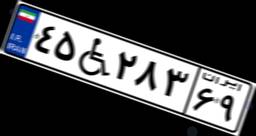
۴۵W۲۸۳۶۹